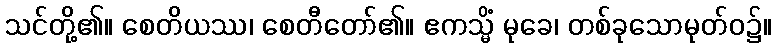
သင်တို့၏။ စေတိယဿ၊ စေတီတော်၏။ ဧကသ္မိံ မုခေ၊ တစ်ခုသောမုတ်ဝ၌။